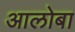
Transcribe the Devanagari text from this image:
आलोबा